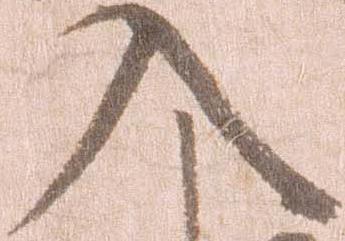
入